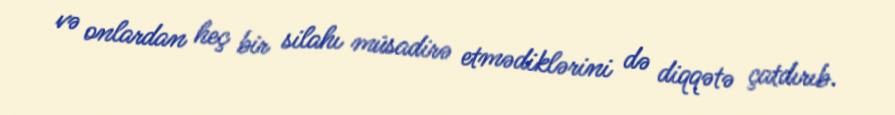
və onlardan heç bir silahı müsadirə etmədiklərini də diqqətə çatdırıb.